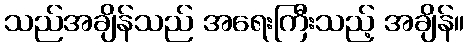
သည်အချိန်သည် အရေးကြီးသည့် အချိန်။